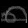
Digit: ၈